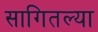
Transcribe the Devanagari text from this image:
सागितल्या